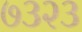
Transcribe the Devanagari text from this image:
७३२३